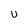
Character: U